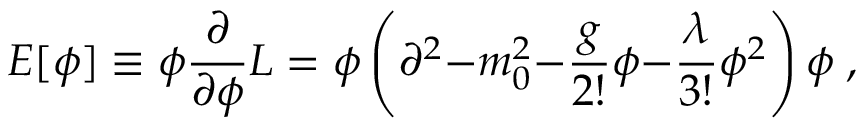
E [ \phi ] \equiv \phi { \frac { \partial } { \partial \phi } } { \cal L } = \phi \left( \partial ^ { 2 } { - } m _ { 0 } ^ { 2 } { - } { \frac { g } { 2 ! } } \phi { - } { \frac { \lambda } { 3 ! } } \phi ^ { 2 } \right) \phi \; ,